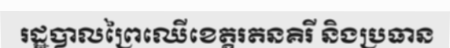
រដ្ឋបាលព្រៃឈើខេត្តរតនគិរី និងប្រធាន